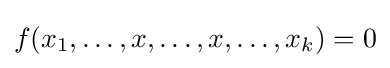
f(x_{1},\ldots ,x,\ldots ,x,\ldots ,x_{k})=0